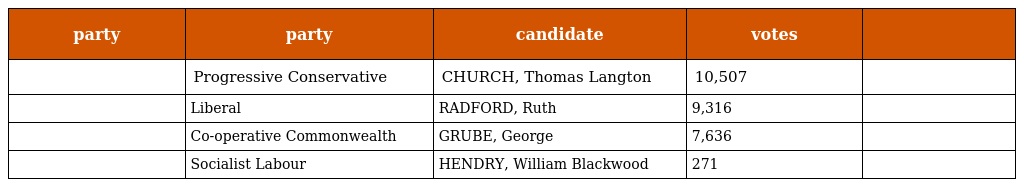
| party | party | candidate | votes |  |
 | --- | --- | --- | --- | --- |
 |  | Progressive Conservative | CHURCH, Thomas Langton | 10,507 |  |
 |  | Liberal | RADFORD, Ruth | 9,316 |  |
 |  | Co-operative Commonwealth | GRUBE, George | 7,636 |  |
 |  | Socialist Labour | HENDRY, William Blackwood | 271 |  |